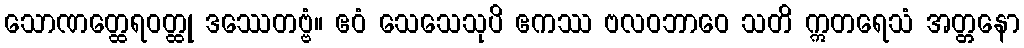
သောဏတ္ထေရဝတ္ထု ဒဿေတဗ္ဗံ။ ဧဝံ သေသေသုပိ ဧကဿ ဗလဝဘာဝေ သတိ ဣတရေသံ အတ္တနော